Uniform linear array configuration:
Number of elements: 32
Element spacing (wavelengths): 0.25
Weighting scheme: hamming
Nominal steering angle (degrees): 30
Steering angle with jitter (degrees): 28.535
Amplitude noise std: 0.05
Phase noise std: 0.05

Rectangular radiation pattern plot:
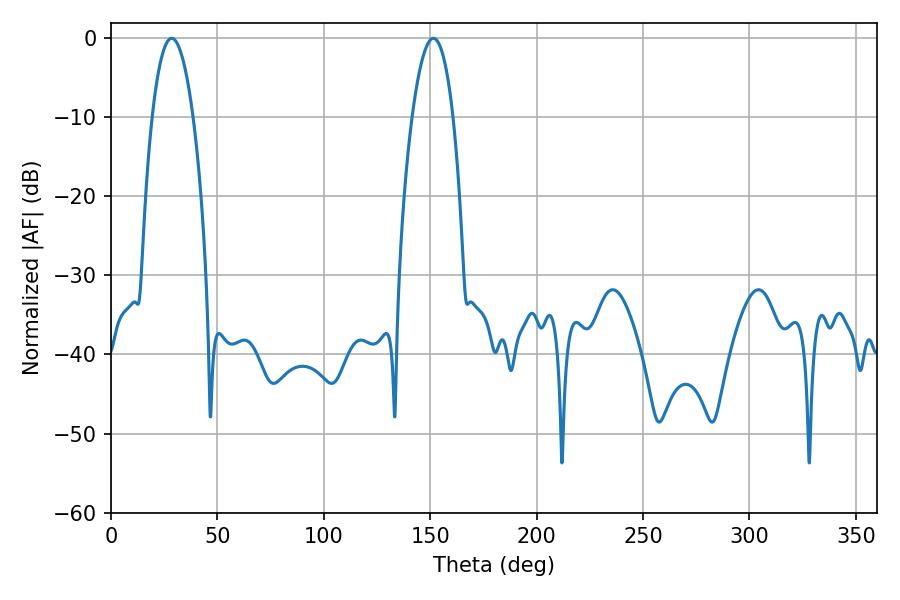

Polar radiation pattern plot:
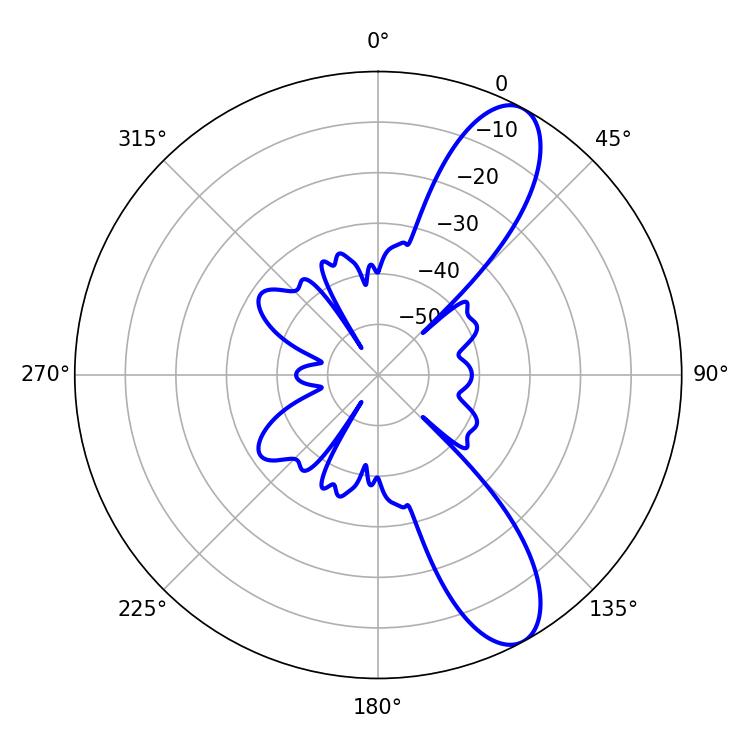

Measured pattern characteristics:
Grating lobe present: FALSE
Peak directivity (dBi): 10.21
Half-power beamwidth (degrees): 10.62
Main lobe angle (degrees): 28.44